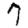
Digit: 7